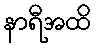
နာရီအထိ